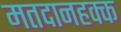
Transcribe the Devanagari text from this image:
मतदानहक्क